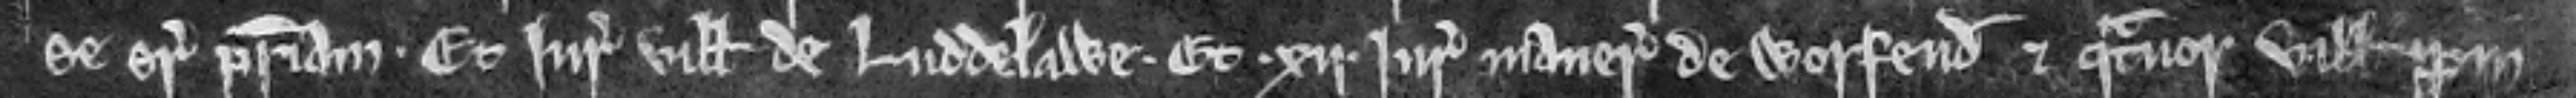
se super patriam. Et juratores ville de Luddelawe et .xii. juratores manerii de Worfeud et quatuor ville propin